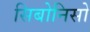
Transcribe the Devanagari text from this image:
सिबोनिसो